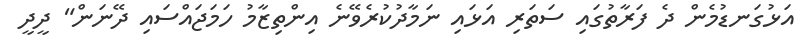
އަޅުގަނޑުމެން ދެ ފަރާތުގައި ސަތަރި އަޅައި ނަމާދުކުރެވޭނެ އިންތިޒާމު ހަމަޖައްސައި ދޭނަން" ދީދީ